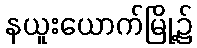
နယူးယောက်မြို့၌